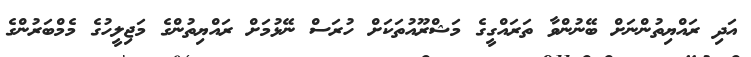
އަދި ރައްޔިތުންނަށް ބޭނުންވާ ތަރައްގީގެ މަޝްރޫއުތަކަށް ހުރަސް ނޭޅުމަށް ރައްޔިތުންގެ މަޖިލީހުގެ މެމްބަރުންގެ